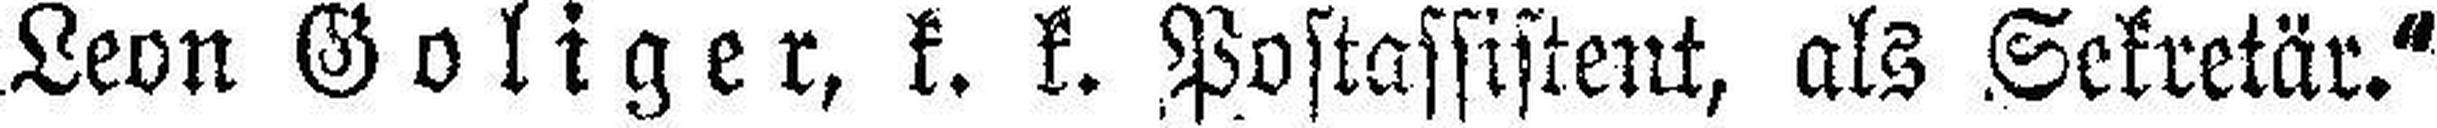
Leon Goliger, k. k. Postassistent, als Sekretär.“